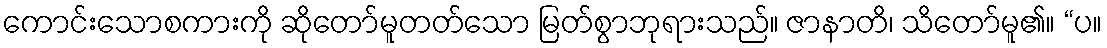
ကောင်းသောစကားကို ဆိုတော်မူတတ်သော မြတ်စွာဘုရားသည်။ ဇာနာတိ၊ သိတော်မူ၏။ “ပ။